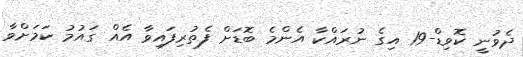
ދެވުނީ ކޮވިޑް-19 އިގެ ނުރައްކާ އެންމެ ބޮޑަށް ފެތުރިފައިވާ އެއް ގައުމު ކަމަށްވާ